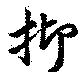
抑